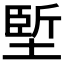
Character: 𡏐